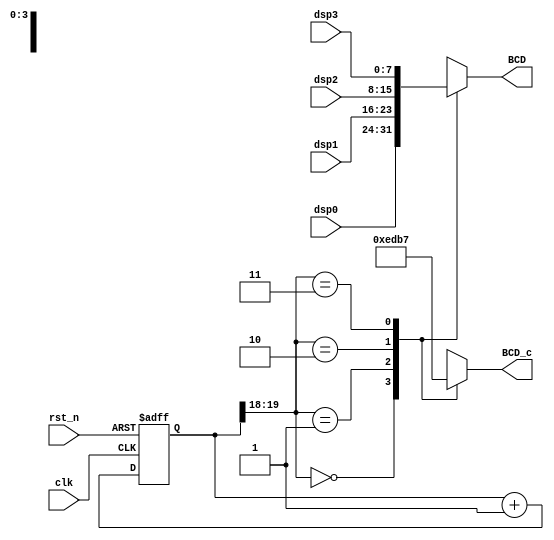
`timescale 1ns / 1ps
//////////////////////////////////////////////////////////////////////////////////
// Company: 
// Engineer: 
// 
// Design Name: 
// Module Name: lab3_4ssd_ctl
// Project Name: 
// Target Devices: 
// Tool Versions: 
// Description: 
// 
// Dependencies: 
// 
// Revision:
// Revision 0.01 - File Created
// Additional Comments:
// 
//////////////////////////////////////////////////////////////////////////////////


module lab3_4ssd_ctl(
    input [7:0]dsp0,
    input [7:0]dsp1,
    input [7:0]dsp2,
    input [7:0]dsp3,
    input clk,
    output reg [7:0]BCD,
    output reg [3:0]BCD_c,
    input rst_n
    );
    
    //counter
    reg [19:0] cnt,cnt_tmp;    
    //+1
    always @(cnt)
        cnt_tmp <= cnt+1;        
    // Flip flops
    always @(posedge clk or negedge rst_n)
        if (~rst_n) cnt <= 19'b0;
        else cnt <= cnt_tmp;
    
    reg [7:0]BCD_tmp;
    wire [1:0]en;     
    assign en={cnt[19],cnt[18]};
                
    always @(en)
    case(en)
         2'b00: BCD = dsp0;
         2'b01: BCD = dsp1;
         2'b10: BCD = dsp2;
         2'b11: BCD = dsp3;
         default: BCD_tmp = 8'b11111111;
    endcase
    
    always @(en)
    case(en)
         2'b00: BCD_c = 4'b1110;
         2'b01: BCD_c = 4'b1101;
         2'b10: BCD_c = 4'b1011;
         2'b11: BCD_c = 4'b0111;
         default: BCD_tmp = 4'b0000;
    endcase

endmodule